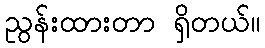
ညွန်းထားတာ ရှိတယ်။